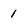
Character: 1